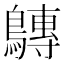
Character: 𪅘